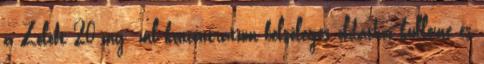
a Zoloft 20 mg ml koncentrátum belsőleges oldathoz külleme és